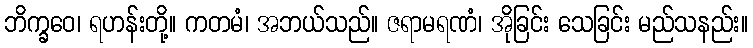
ဘိက္ခဝေ၊ ရဟန်းတို့။ ကတမံ၊ အဘယ်သည်။ ဇရာမရဏံ၊ အိုခြင်း သေခြင်း မည်သနည်း။